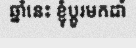
ឆ្នាំនេះ ខ្ញុំប្តូរមកដាំ